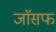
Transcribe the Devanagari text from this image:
जाॅसफ